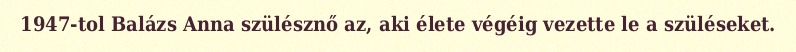
1947-tol Balázs Anna szülésznő az, aki élete végéig vezette le a szüléseket.